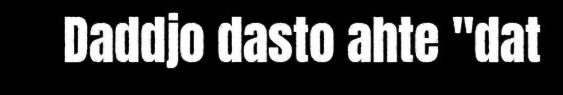
Daddjo dasto ahte "dat